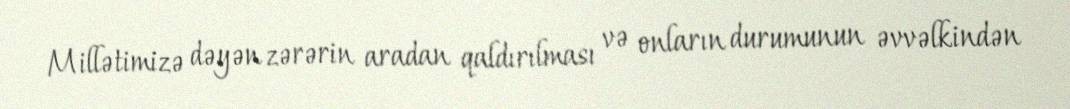
Millətimizə dəyən zərərin aradan qaldırılması və onların durumunun əvvəlkindən